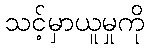
သင့်မှာယူမှုကို